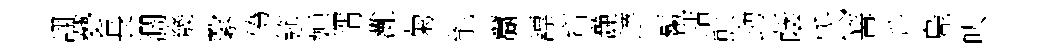
詡藝長濶㡬繄偽筵婵壻灘菊能籯謤齋灔達鬣玷熊勁蔭氏篝升鳬㕥